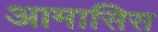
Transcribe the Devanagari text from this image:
आमासिस